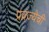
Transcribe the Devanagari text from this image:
प्रव्रज्येची